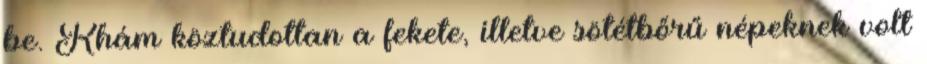
be. Khám köztudottan a fekete, illetve sötétbőrű népeknek volt